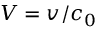
V = v / c _ { 0 }